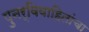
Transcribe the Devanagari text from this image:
पुनर्विवाहितांचा